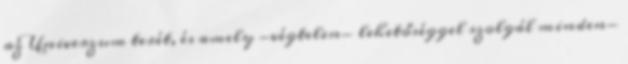
az Univerzum terét, és amely -végtelen- lehetőséggel szolgál minden-